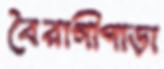
বৈরাগীপাড়া